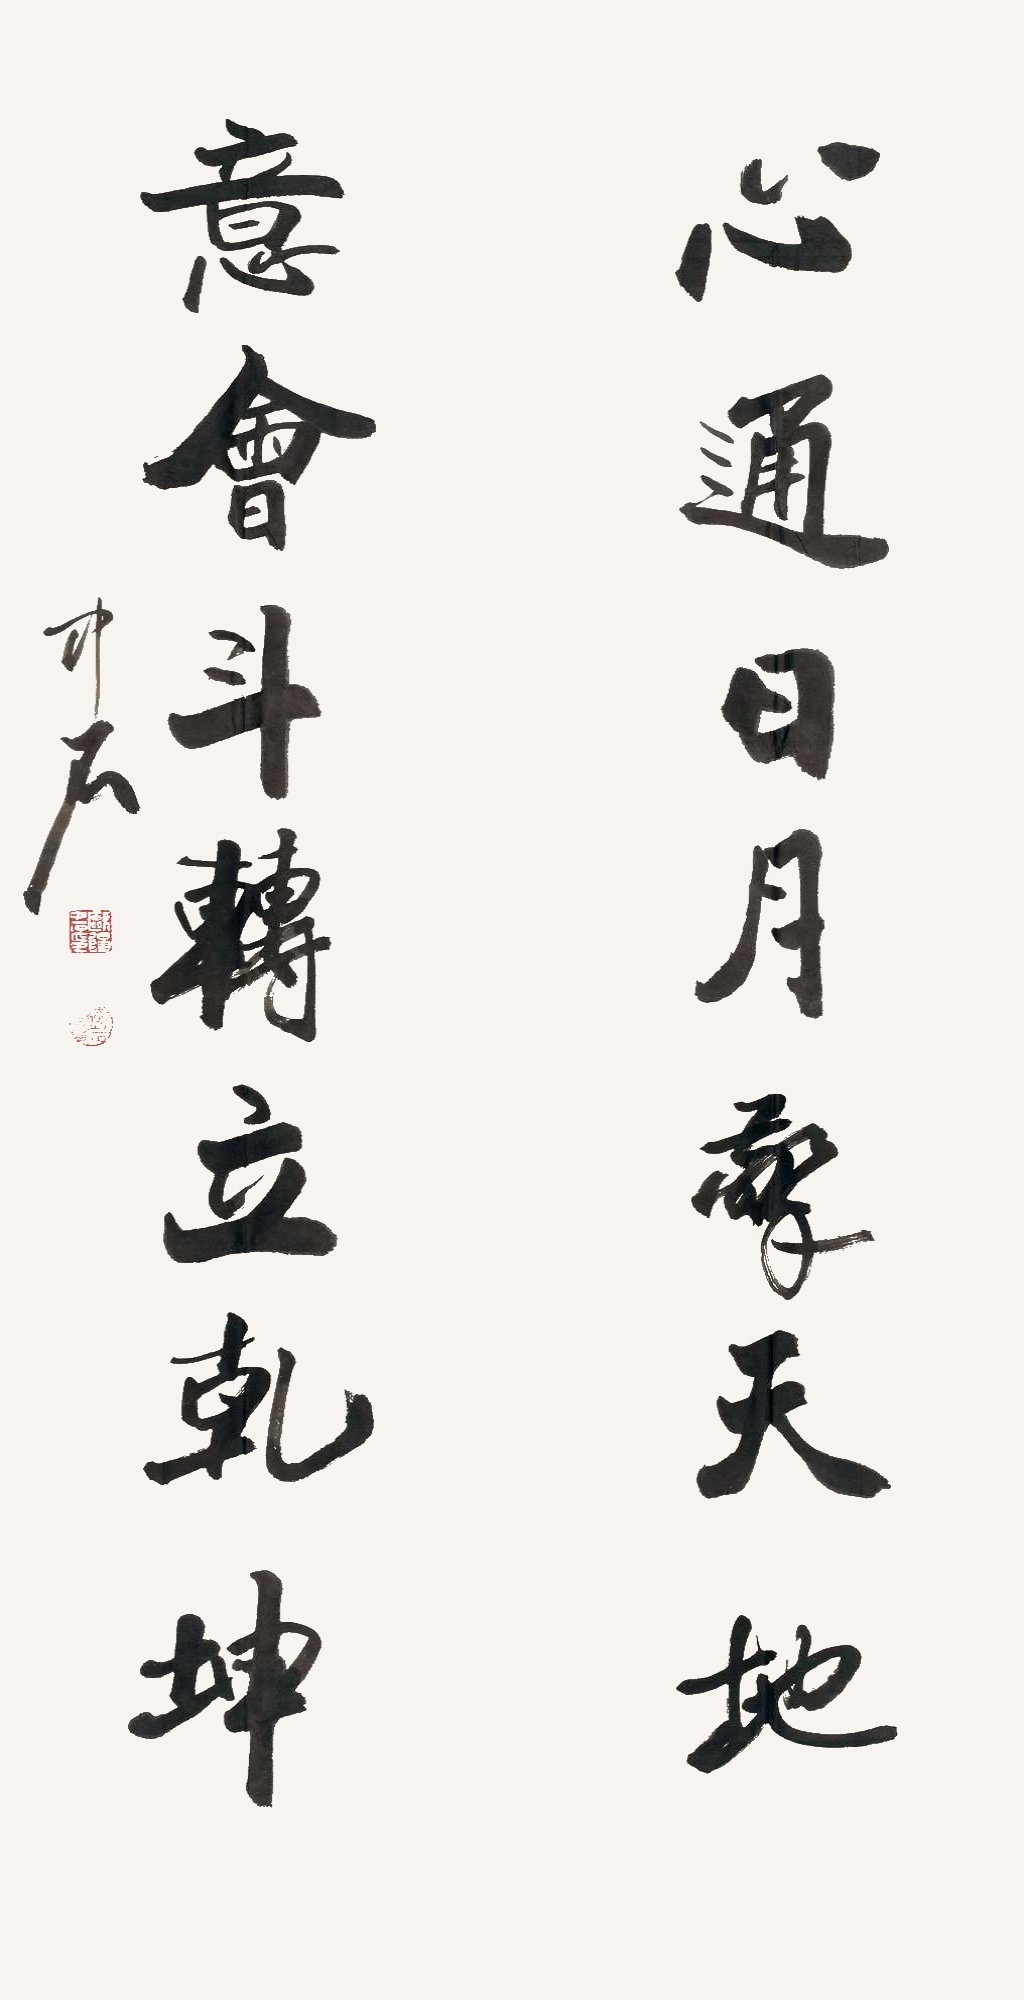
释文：心通日月擎天地，意会斗转立乾坤。中石。